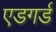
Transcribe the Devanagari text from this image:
एडगर्ड